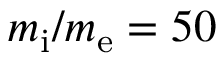
m _ { \mathrm { i } } / m _ { \mathrm { e } } = 5 0